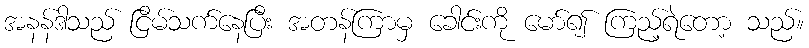
အနန်ဒါသည် ငြိမ်သက်နေပြီး အတန်ကြာမှ ခေါင်းကို မော်၍ ကြည့်ရဲတော့ သည်။